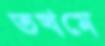
তখমে